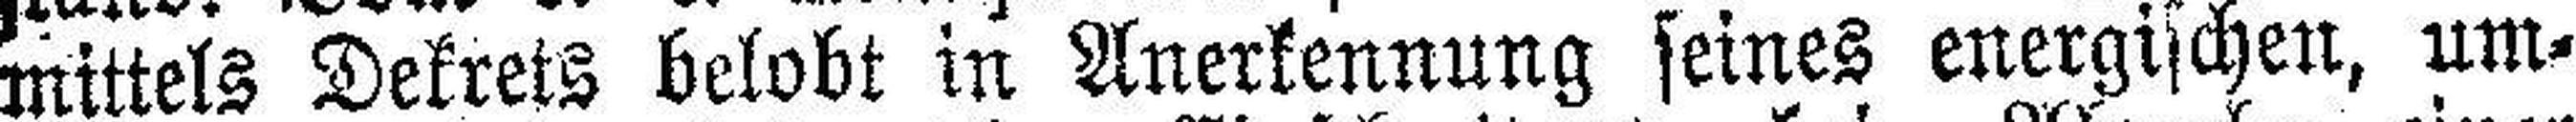
mittels Dekrets belobt in Anerkennung seines energischen, um¬